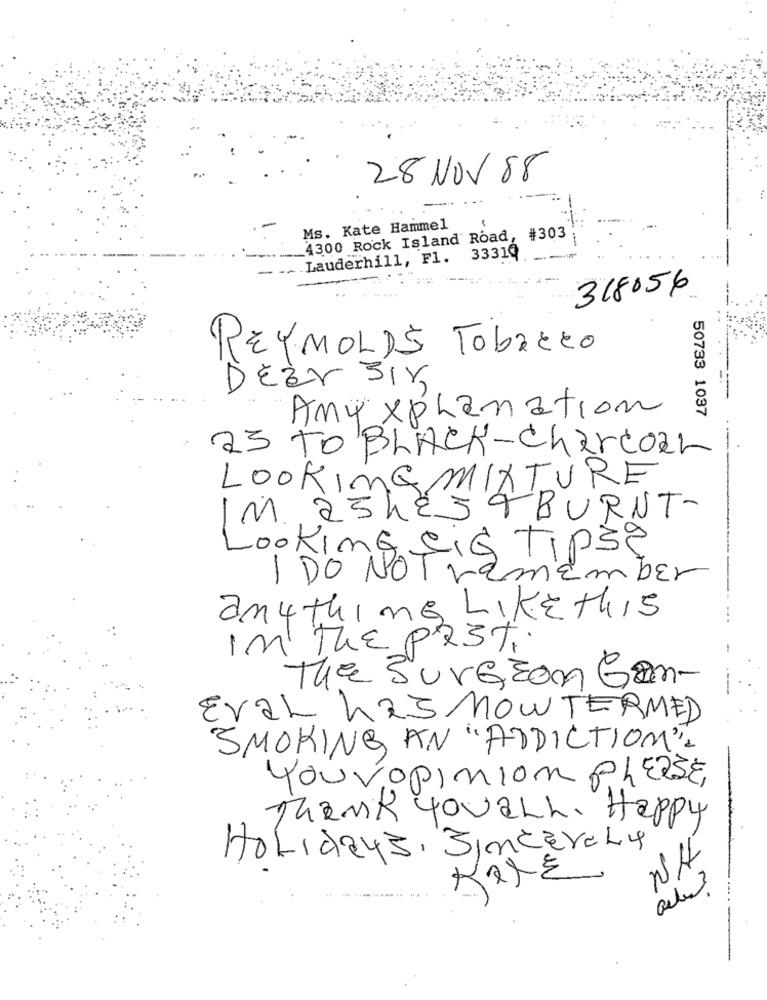
28 NOV 88
Ms. Kate Hammel
4300 Rock Island Road, #303
Lauderhill, F1.
33319
-
318056
REYNOLDS Tobacco
DEEr ZIK
Any xpLanation
50733 1037
23 TO BLACK-Charco2L
LOOKING MIXTURE
UV-
IM 25h254BURNT-
I DO NOT.
Looking Firmar
anything Likethis
In THE PAST
-
The Surgeon Gan-
-
EvaL 423 MOWTERMED
SMOKING AN "ADDICTION"
YourOpinion PLEASE,
Thank Youall. Happy
Holidays, Sincerely
NA